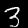
Digit: 3